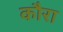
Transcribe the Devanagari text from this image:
कौरा